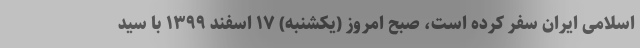
اسلامی ایران سفر کرده است، صبح امروز (یکشنبه) ۱۷ اسفند ۱۳۹۹ با سید